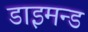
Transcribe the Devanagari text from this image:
डाइमन्ड